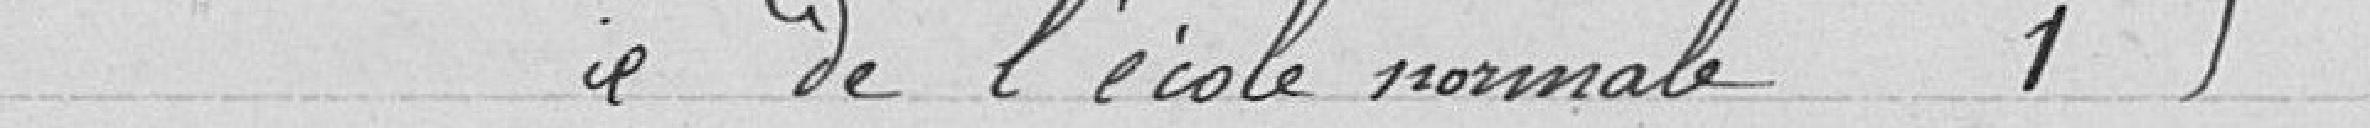
Bail de l'école normale 1